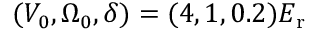
( V _ { 0 } , \Omega _ { 0 } , \delta ) = ( 4 , 1 , 0 . 2 ) E _ { \mathrm { { r } } }